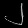
Digit: ၂